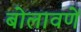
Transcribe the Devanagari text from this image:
बोलावणें